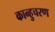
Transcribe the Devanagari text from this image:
कान्हुचरण